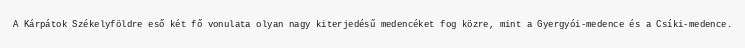
A Kárpátok Székelyföldre eső két fő vonulata olyan nagy kiterjedésű medencéket fog közre, mint a Gyergyói-medence és a Csíki-medence.